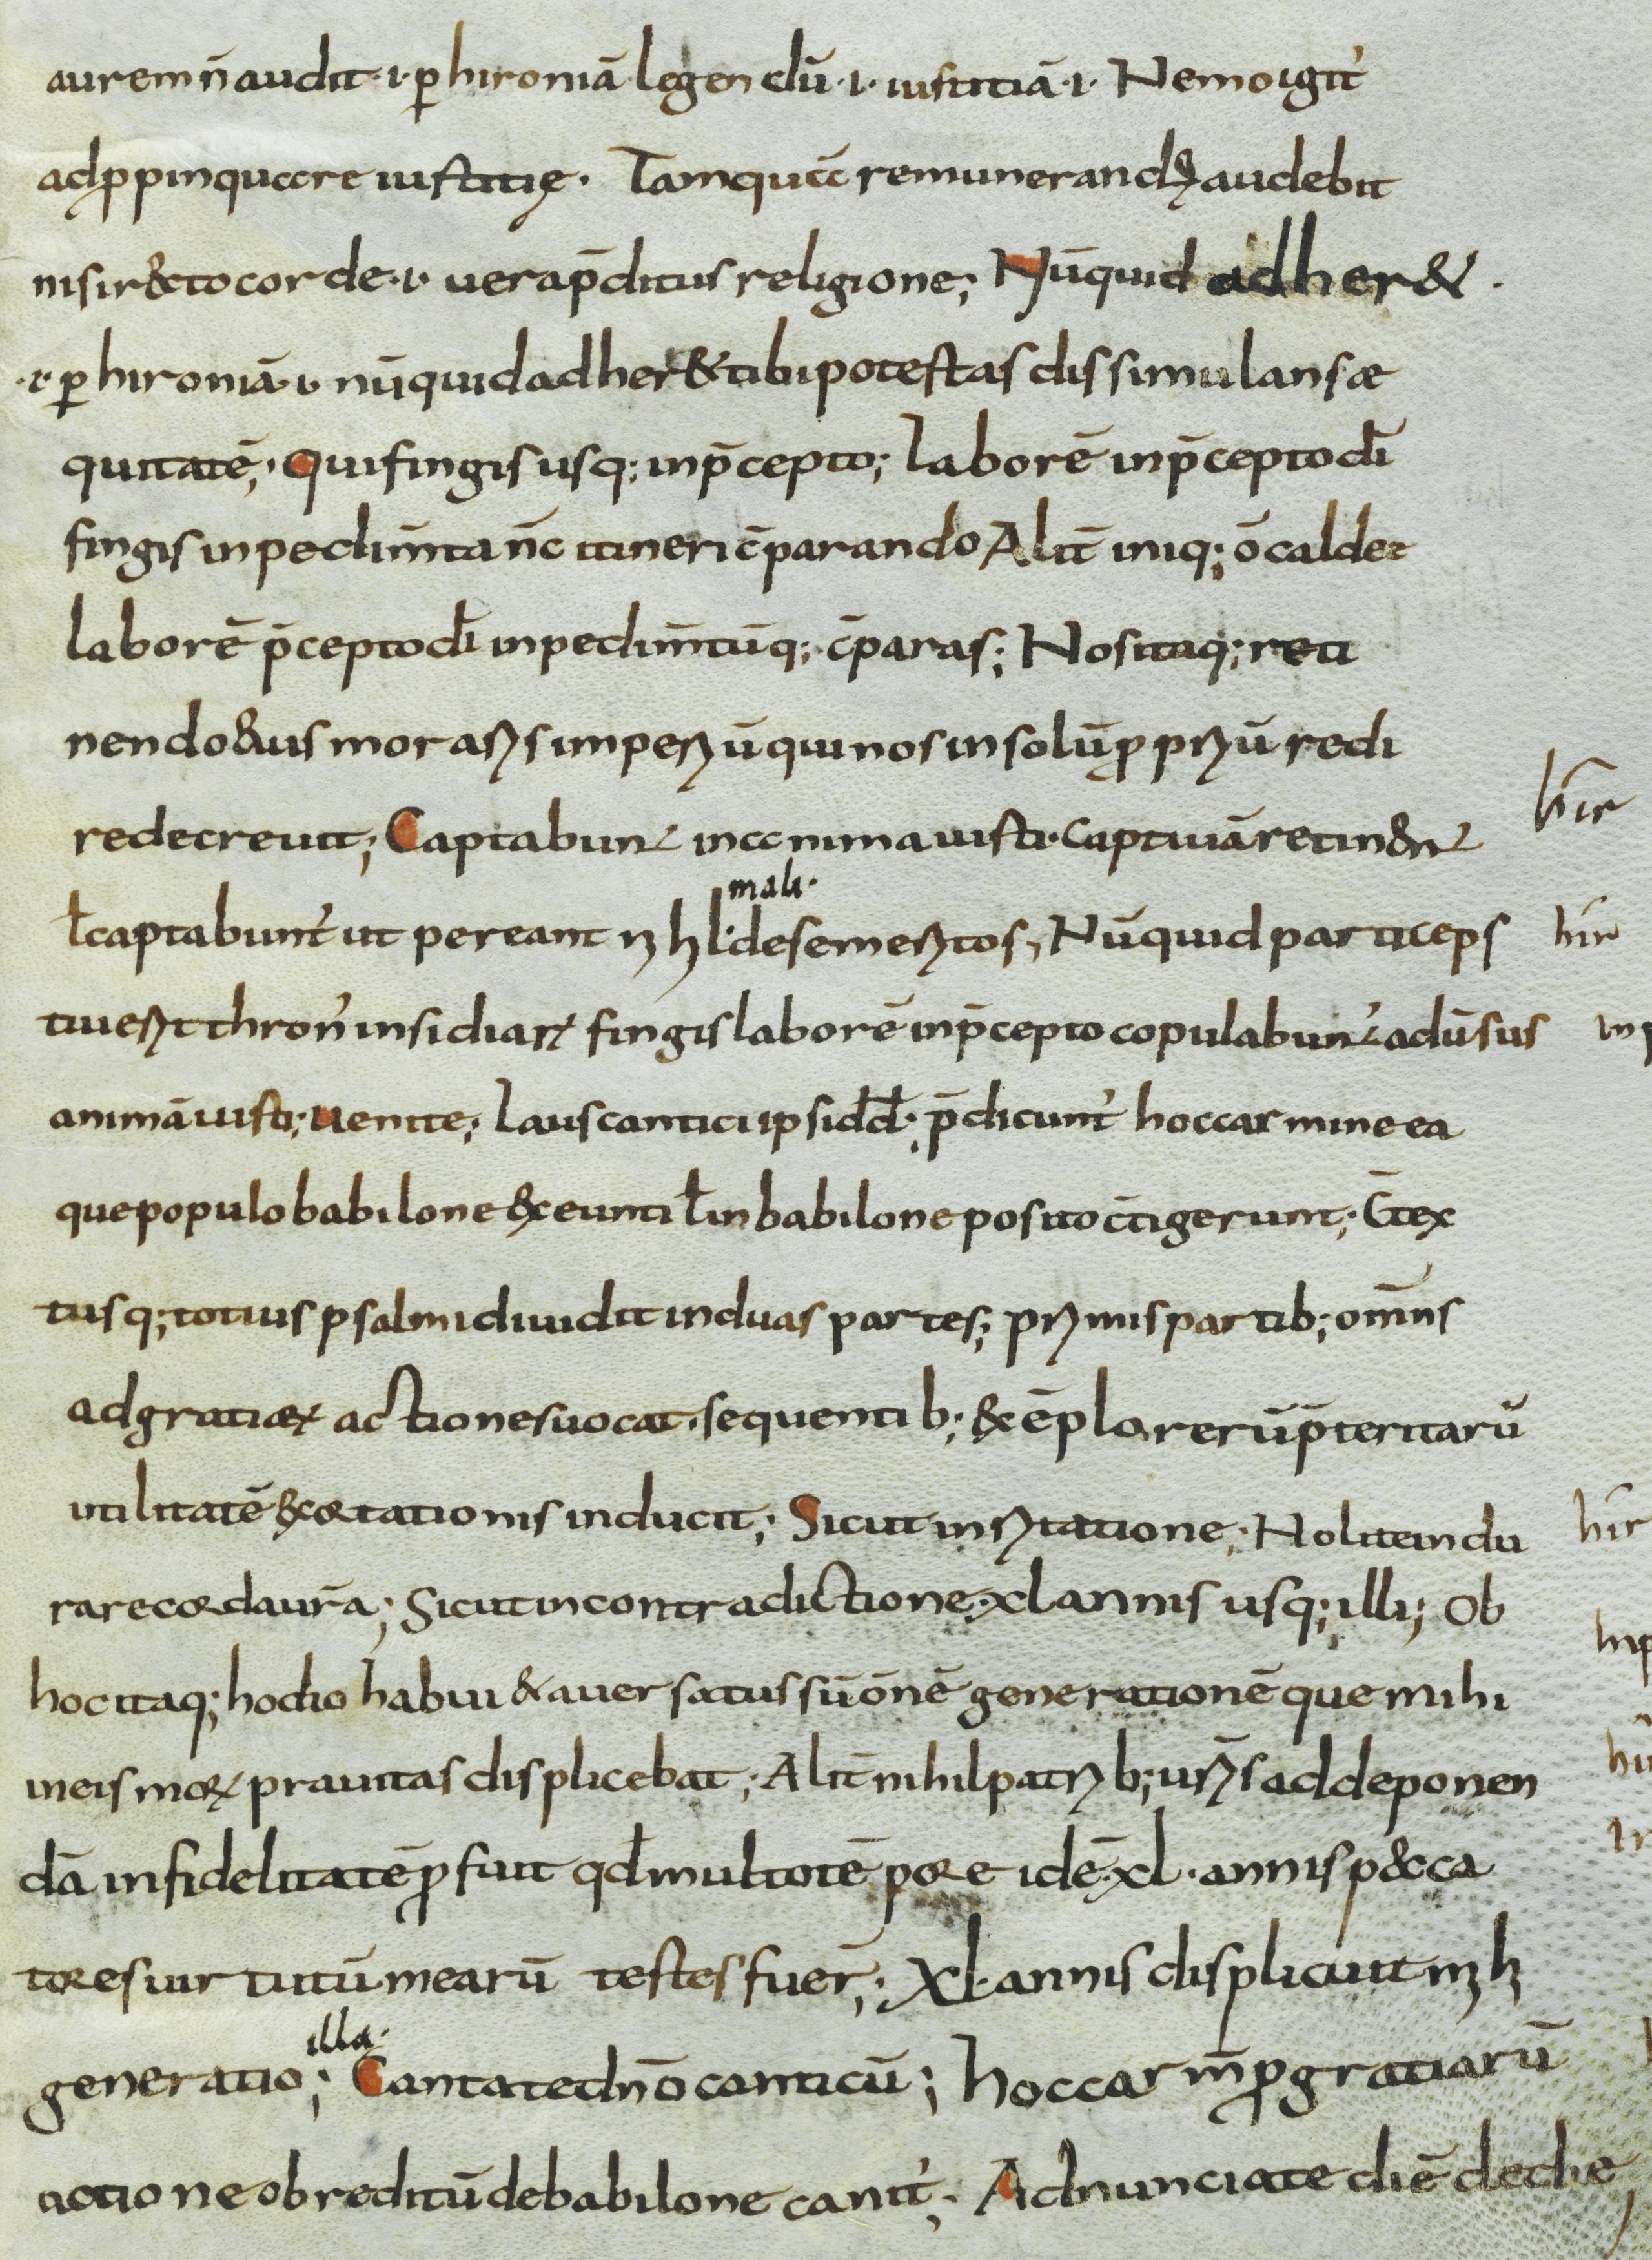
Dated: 800–899